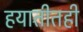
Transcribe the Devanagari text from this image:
हयातीतही